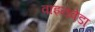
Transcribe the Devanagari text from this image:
वाइनवेडा